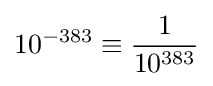
10^{-383}\equiv {\frac {1}{10^{383}}}